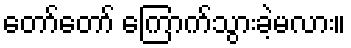
တော်တော် ကြောက်သွားခဲ့မလား။